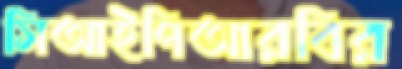
সিআইপিআরবির